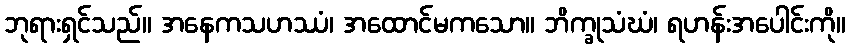
ဘုရားရှင်သည်။ အနေကသဟဿံ၊ အထောင်မကသော။ ဘိက္ခုသံဃံ၊ ရဟန်းအပေါင်းကို။